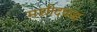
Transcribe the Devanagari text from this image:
मशीदवजा